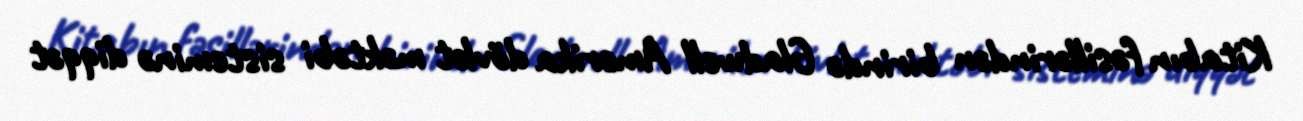
Kitabın fəsillərindən birində Gladwell Amerika dövlət məktəbi sisteminə diqqət